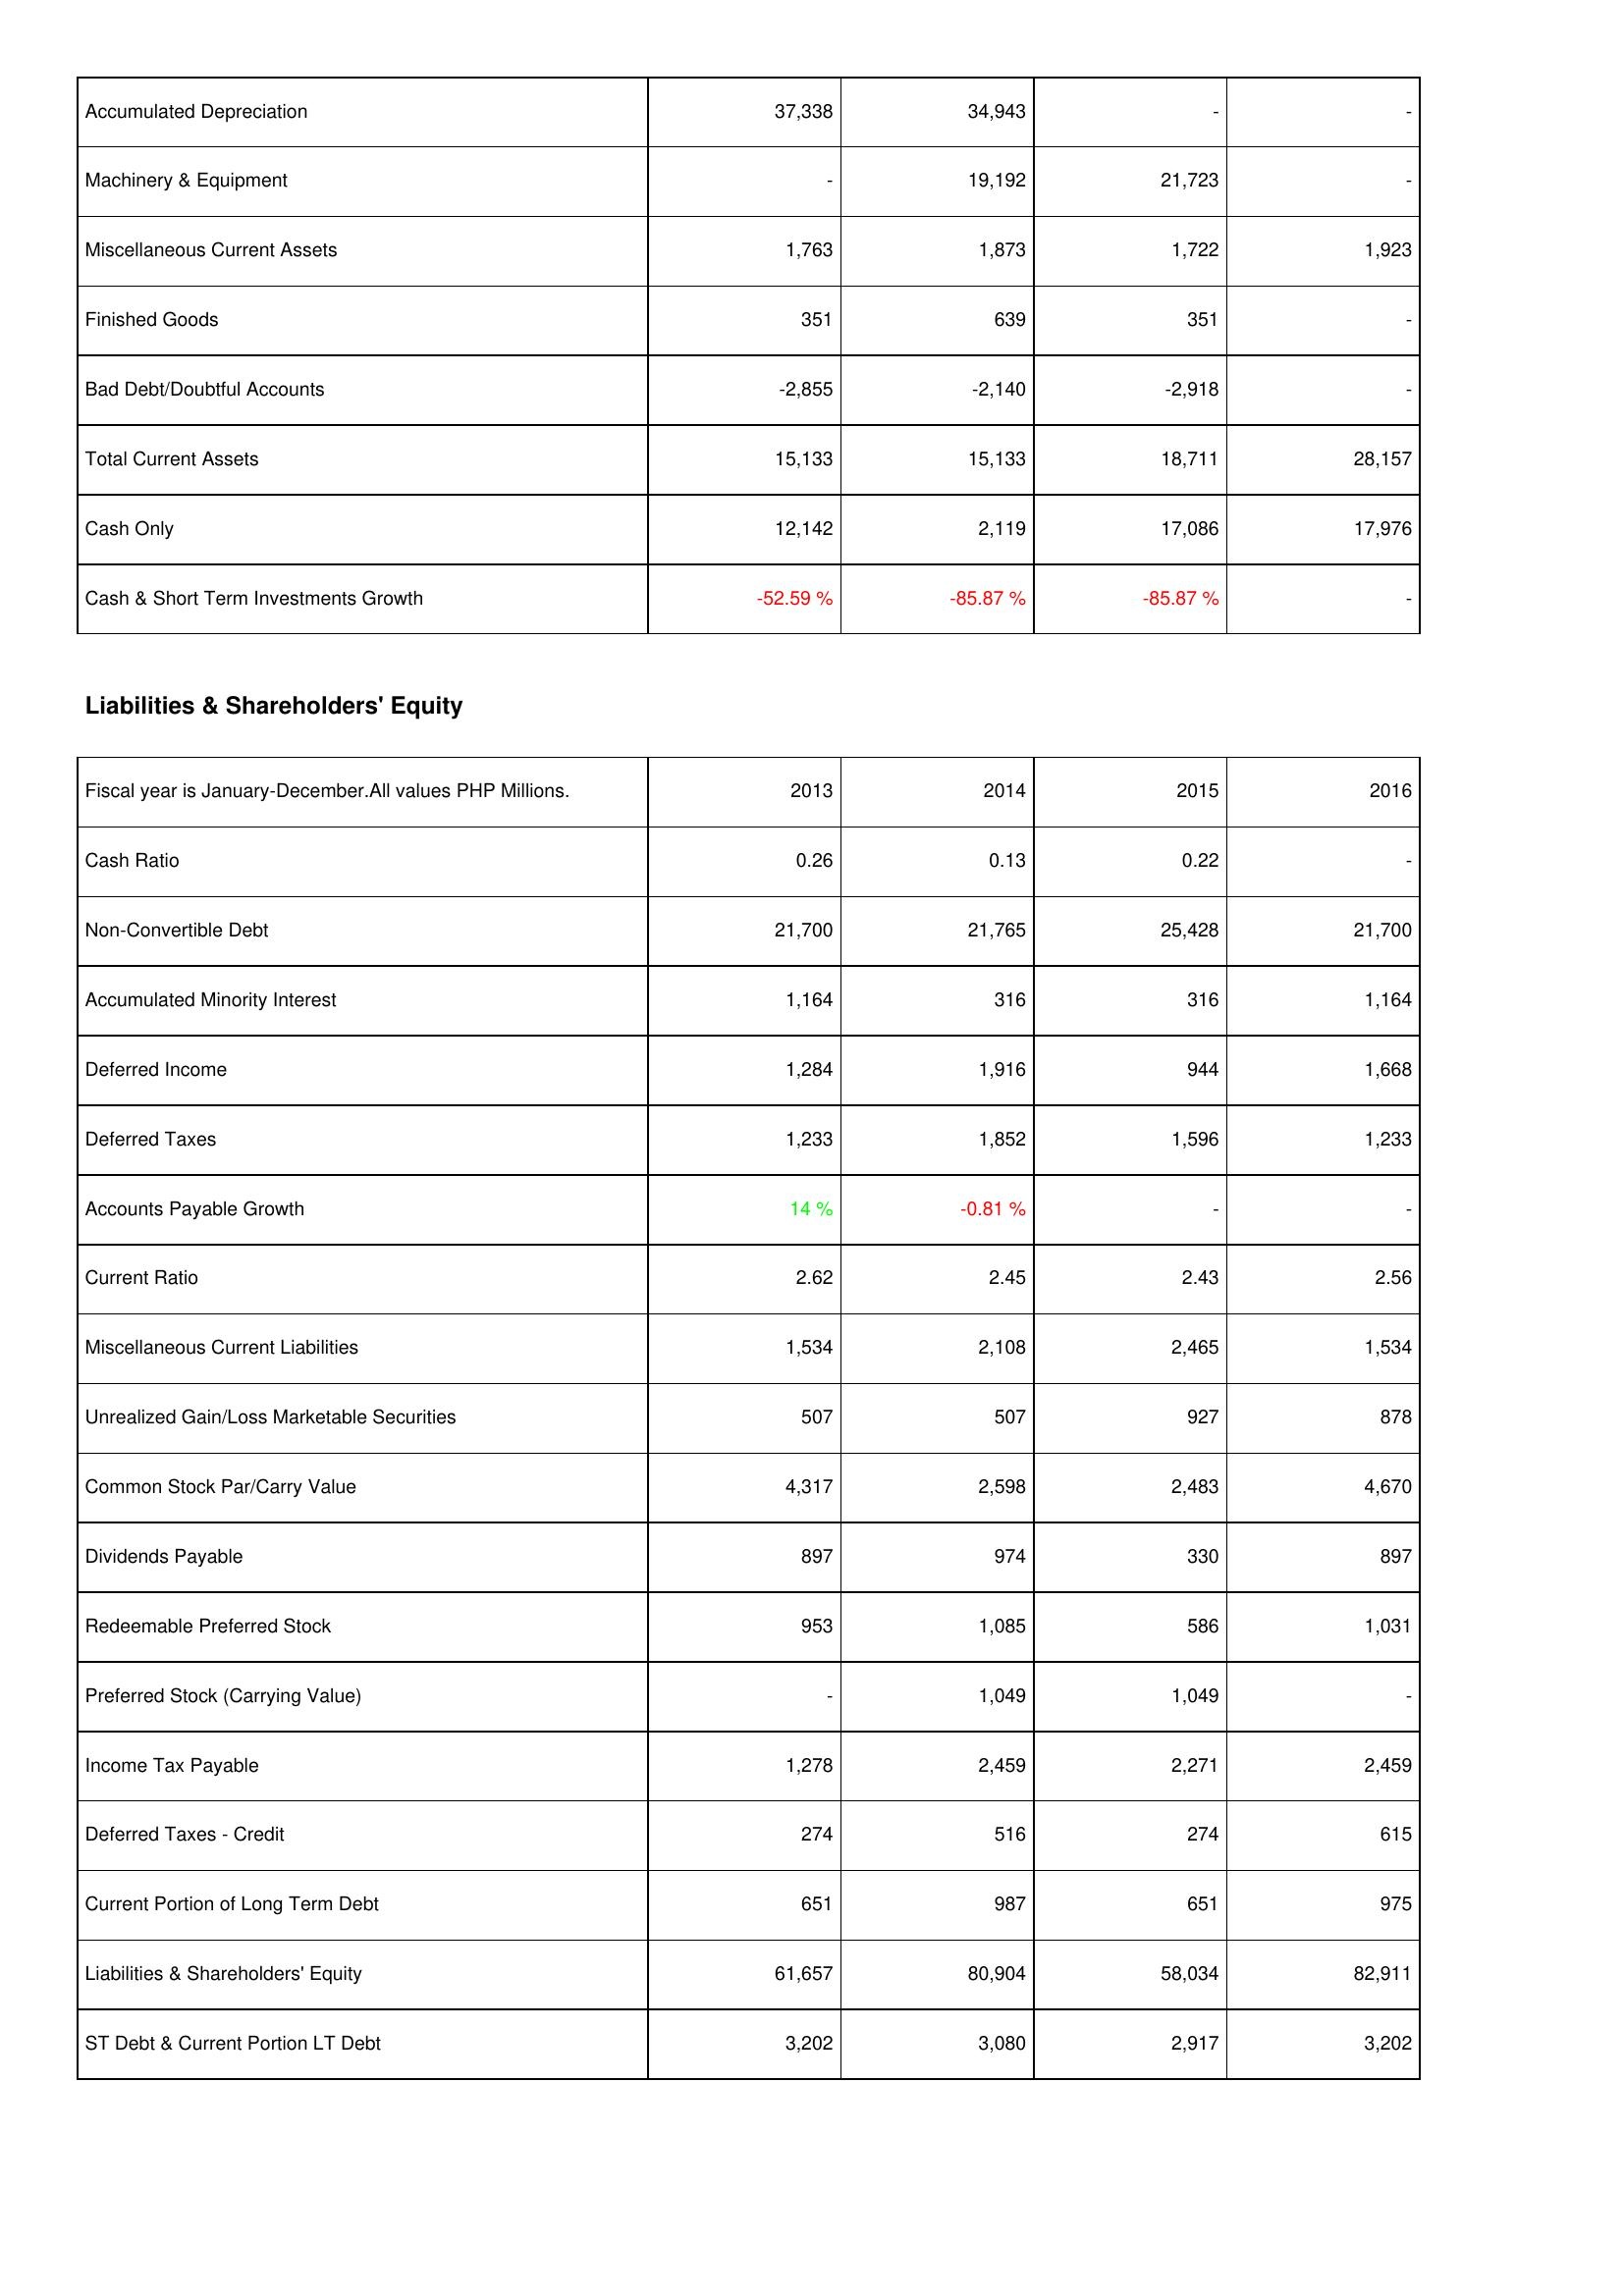
2013: Assets: Accumulated Depreciation: 37,338
Machinery & Equipment: -
Miscellaneous Current Assets: 1,763
Finished Goods: 351
Bad Debt/Doubtful Accounts: -2,855
Total Current Assets: 15,133
Cash Only: 12,142
Cash & Short Term Investments Growth: -52.59 %
Liabilities & Shareholders' Equity: Cash Ratio: 0.26
Non-Convertible Debt: 21,700
Accumulated Minority Interest: 1,164
Deferred Income: 1,284
Deferred Taxes: 1,233
Accounts Payable Growth: 14 %
Current Ratio: 2.62
Miscellaneous Current Liabilities: 1,534
Unrealized Gain/Loss Marketable Securities: 507
Common Stock Par/Carry Value: 4,317
Dividends Payable: 897
Redeemable Preferred Stock: 953
Preferred Stock (Carrying Value): -
Income Tax Payable: 1,278
Deferred Taxes - Credit: 274
Current Portion of Long Term Debt: 651
Liabilities & Shareholders' Equity: 61,657
ST Debt & Current Portion LT Debt: 3,202
2014: Assets: Accumulated Depreciation: 34,943
Machinery & Equipment: 19,192
Miscellaneous Current Assets: 1,873
Finished Goods: 639
Bad Debt/Doubtful Accounts: -2,140
Total Current Assets: 15,133
Cash Only: 2,119
Cash & Short Term Investments Growth: -85.87 %
Liabilities & Shareholders' Equity: Cash Ratio: 0.13
Non-Convertible Debt: 21,765
Accumulated Minority Interest: 316
Deferred Income: 1,916
Deferred Taxes: 1,852
Accounts Payable Growth: -0.81 %
Current Ratio: 2.45
Miscellaneous Current Liabilities: 2,108
Unrealized Gain/Loss Marketable Securities: 507
Common Stock Par/Carry Value: 2,598
Dividends Payable: 974
Redeemable Preferred Stock: 1,085
Preferred Stock (Carrying Value): 1,049
Income Tax Payable: 2,459
Deferred Taxes - Credit: 516
Current Portion of Long Term Debt: 987
Liabilities & Shareholders' Equity: 80,904
ST Debt & Current Portion LT Debt: 3,080
2015: Assets: Accumulated Depreciation: -
Machinery & Equipment: 21,723
Miscellaneous Current Assets: 1,722
Finished Goods: 351
Bad Debt/Doubtful Accounts: -2,918
Total Current Assets: 18,711
Cash Only: 17,086
Cash & Short Term Investments Growth: -85.87 %
Liabilities & Shareholders' Equity: Cash Ratio: 0.22
Non-Convertible Debt: 25,428
Accumulated Minority Interest: 316
Deferred Income: 944
Deferred Taxes: 1,596
Accounts Payable Growth: -
Current Ratio: 2.43
Miscellaneous Current Liabilities: 2,465
Unrealized Gain/Loss Marketable Securities: 927
Common Stock Par/Carry Value: 2,483
Dividends Payable: 330
Redeemable Preferred Stock: 586
Preferred Stock (Carrying Value): 1,049
Income Tax Payable: 2,271
Deferred Taxes - Credit: 274
Current Portion of Long Term Debt: 651
Liabilities & Shareholders' Equity: 58,034
ST Debt & Current Portion LT Debt: 2,917
2016: Assets: Accumulated Depreciation: -
Machinery & Equipment: -
Miscellaneous Current Assets: 1,923
Finished Goods: -
Bad Debt/Doubtful Accounts: -
Total Current Assets: 28,157
Cash Only: 17,976
Cash & Short Term Investments Growth: -
Liabilities & Shareholders' Equity: Cash Ratio: -
Non-Convertible Debt: 21,700
Accumulated Minority Interest: 1,164
Deferred Income: 1,668
Deferred Taxes: 1,233
Accounts Payable Growth: -
Current Ratio: 2.56
Miscellaneous Current Liabilities: 1,534
Unrealized Gain/Loss Marketable Securities: 878
Common Stock Par/Carry Value: 4,670
Dividends Payable: 897
Redeemable Preferred Stock: 1,031
Preferred Stock (Carrying Value): -
Income Tax Payable: 2,459
Deferred Taxes - Credit: 615
Current Portion of Long Term Debt: 975
Liabilities & Shareholders' Equity: 82,911
ST Debt & Current Portion LT Debt: 3,202